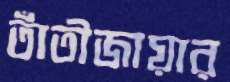
তাঁতীজায়ার